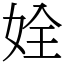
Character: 姾